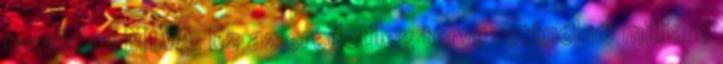
tavaly az MTVA. Ez az eredetileg tervezettnél 10 milliárd